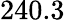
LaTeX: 240.3